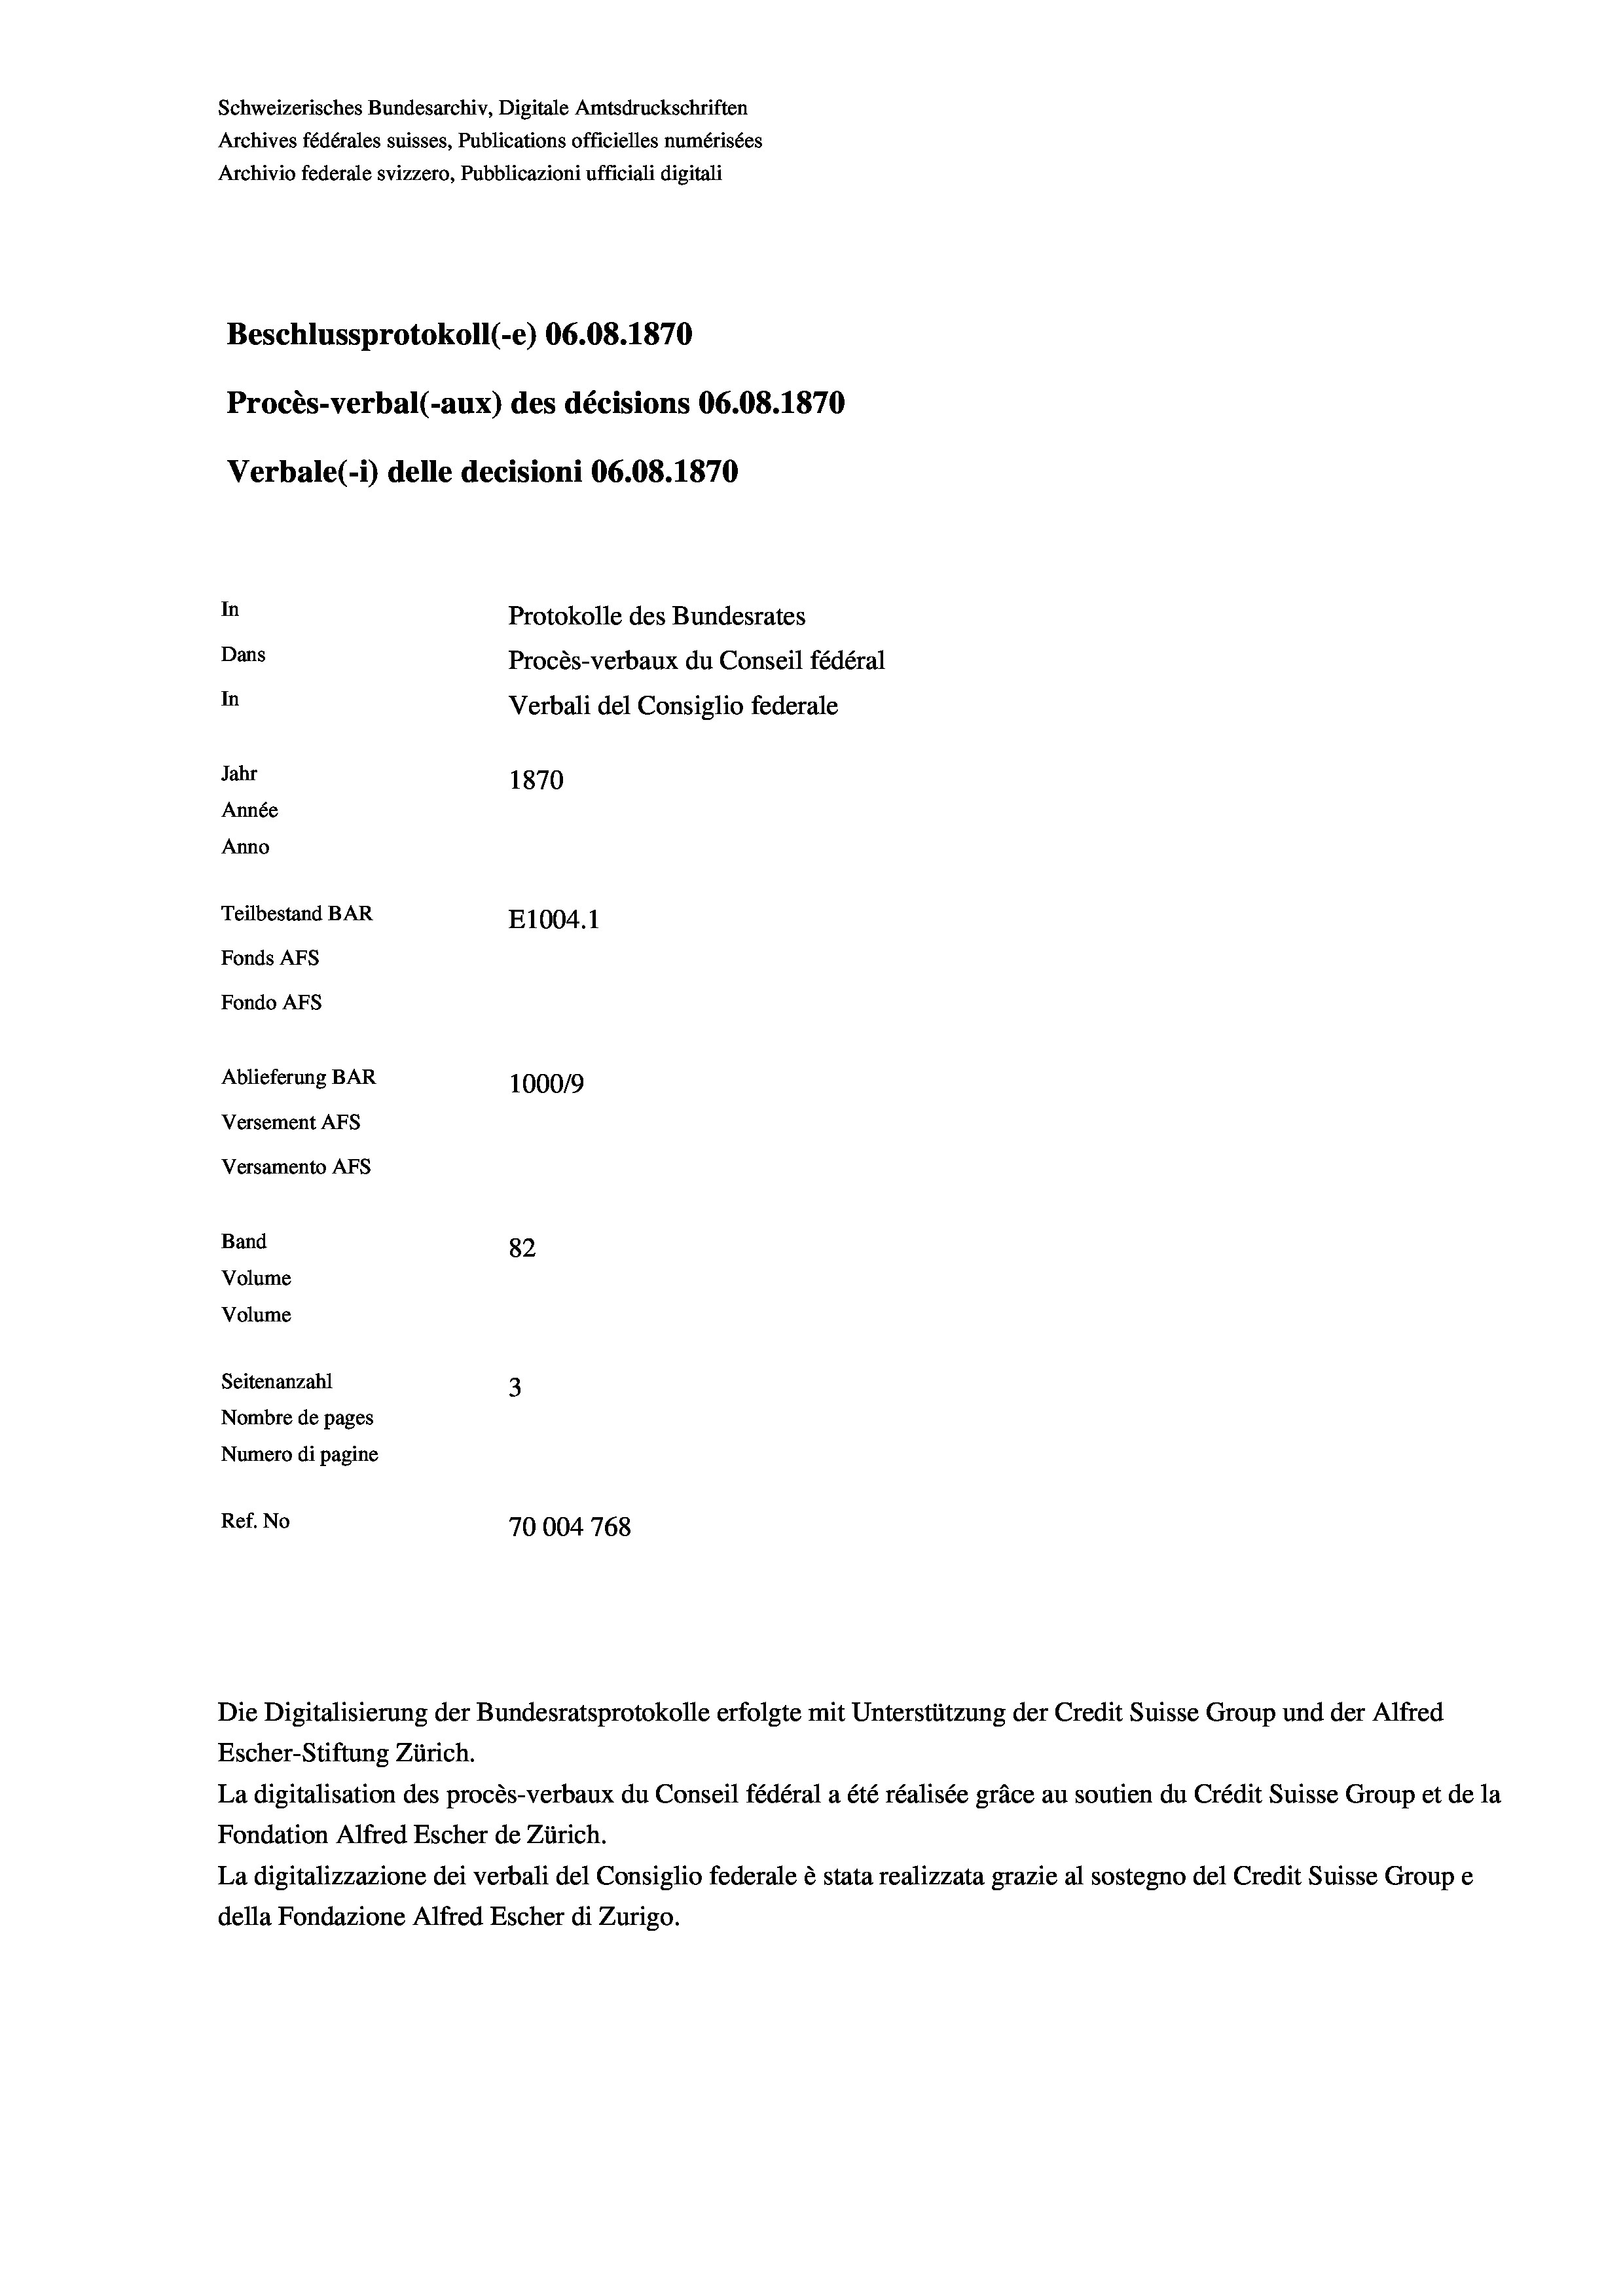
Schweizerisches Bundesarchiv, Digitale Amtsdruckschriften
Archives fédérales suisses, Publications officielles numérisées
Archivio federale svizzero, Pubblicazioni ufficiali digitali
Beschlussprotokoll (-e) 06.08. 1870
Procès-verbal (-aux) des décisions 06.08. 1870
Verbale (1) delle decisioni 06.08. 1870
In
Protokolle des Bundesrates
Dans
Procès-verbaux du Conseil fédéral
In
Verbali del Consiglio federale
Jahr
1870
Année
Anno
Teilbestand BAR
E1004. 1
Fonds AFs
Fondo AFs
Ablieferung BAR
1000/9
Versement AFS
Versamento Afs
Band
82
Volume
Volume
Seitenanzahl
3
Nombre de pages
Numero di pagine
Ref. No
70004 768

Escher-Stiftung Zürich.
La digitalisation des procès-verbaux du Conseil fédéral a été réalisée gräce au soutien du Crédit Suisse Group et de la
Fondation Alfred Escher de Zürich.
La digitalizzazione dei verbali del Consiglio federale è stata realizzata grazie al sostegno del Credit Suisse Groupe
della Fondazione Alfred Escher di Zurigo.

Die Digitalisierung der Bundesratsprotokolle erfolgte mit Unterstützung der Credit Suisse Group und der Alfred